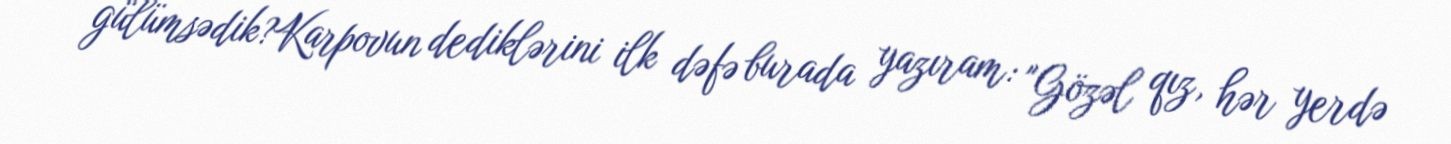
gülümsədik?Karpovun dediklərini ilk dəfə burada yazıram: "Gözəl qız, hər yerdə